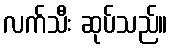
လက်သီး ဆုပ်သည်။